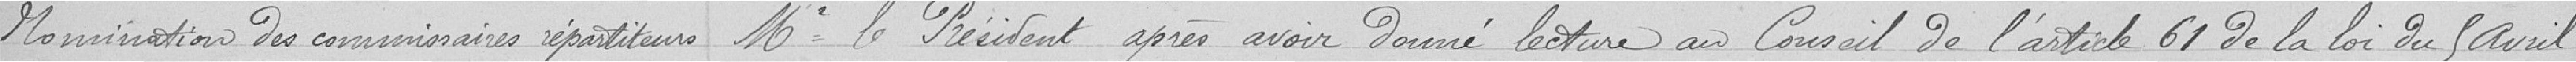
Nominations des commissaires répartiteurs Mr le Président après avoir donné lecture au Conseil de l'article 61 de la loi du 5 avril